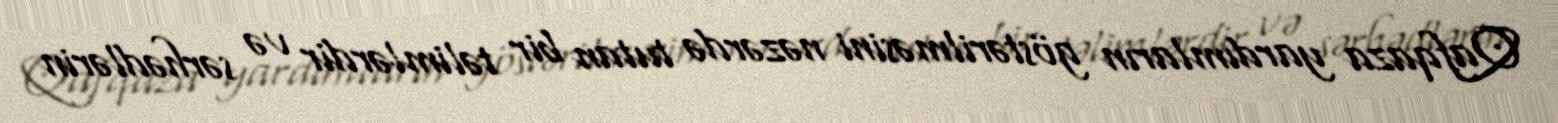
Qafqaza yardımların göstərilməsini nəzərdə tutan bir təlimlərdir və sərhədlərin